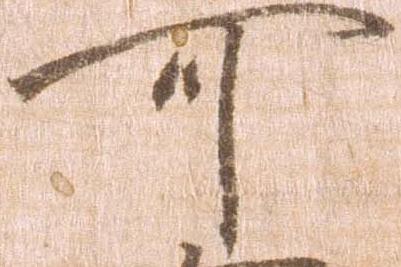
可